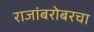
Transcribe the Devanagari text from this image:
राजांबरोबरचा